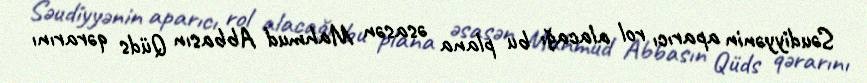
Səudiyyənin aparıcı rol alacağı bu plana əsasən Mahmud Abbasın Qüds qərarını